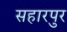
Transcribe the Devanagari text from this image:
सहारपुर